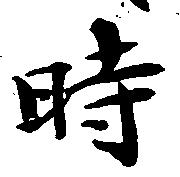
時